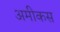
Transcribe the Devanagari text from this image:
अमीकस